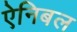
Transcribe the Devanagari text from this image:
ऐनिबल